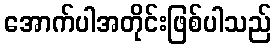
အောက်ပါအတိုင်းဖြစ်ပါသည်